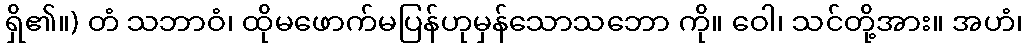
ရှိ၏။) တံ သဘာဝံ၊ ထိုမဖောက်မပြန်ဟုမှန်သောသဘော ကို။ ဝေါ၊ သင်တို့အား။ အဟံ၊